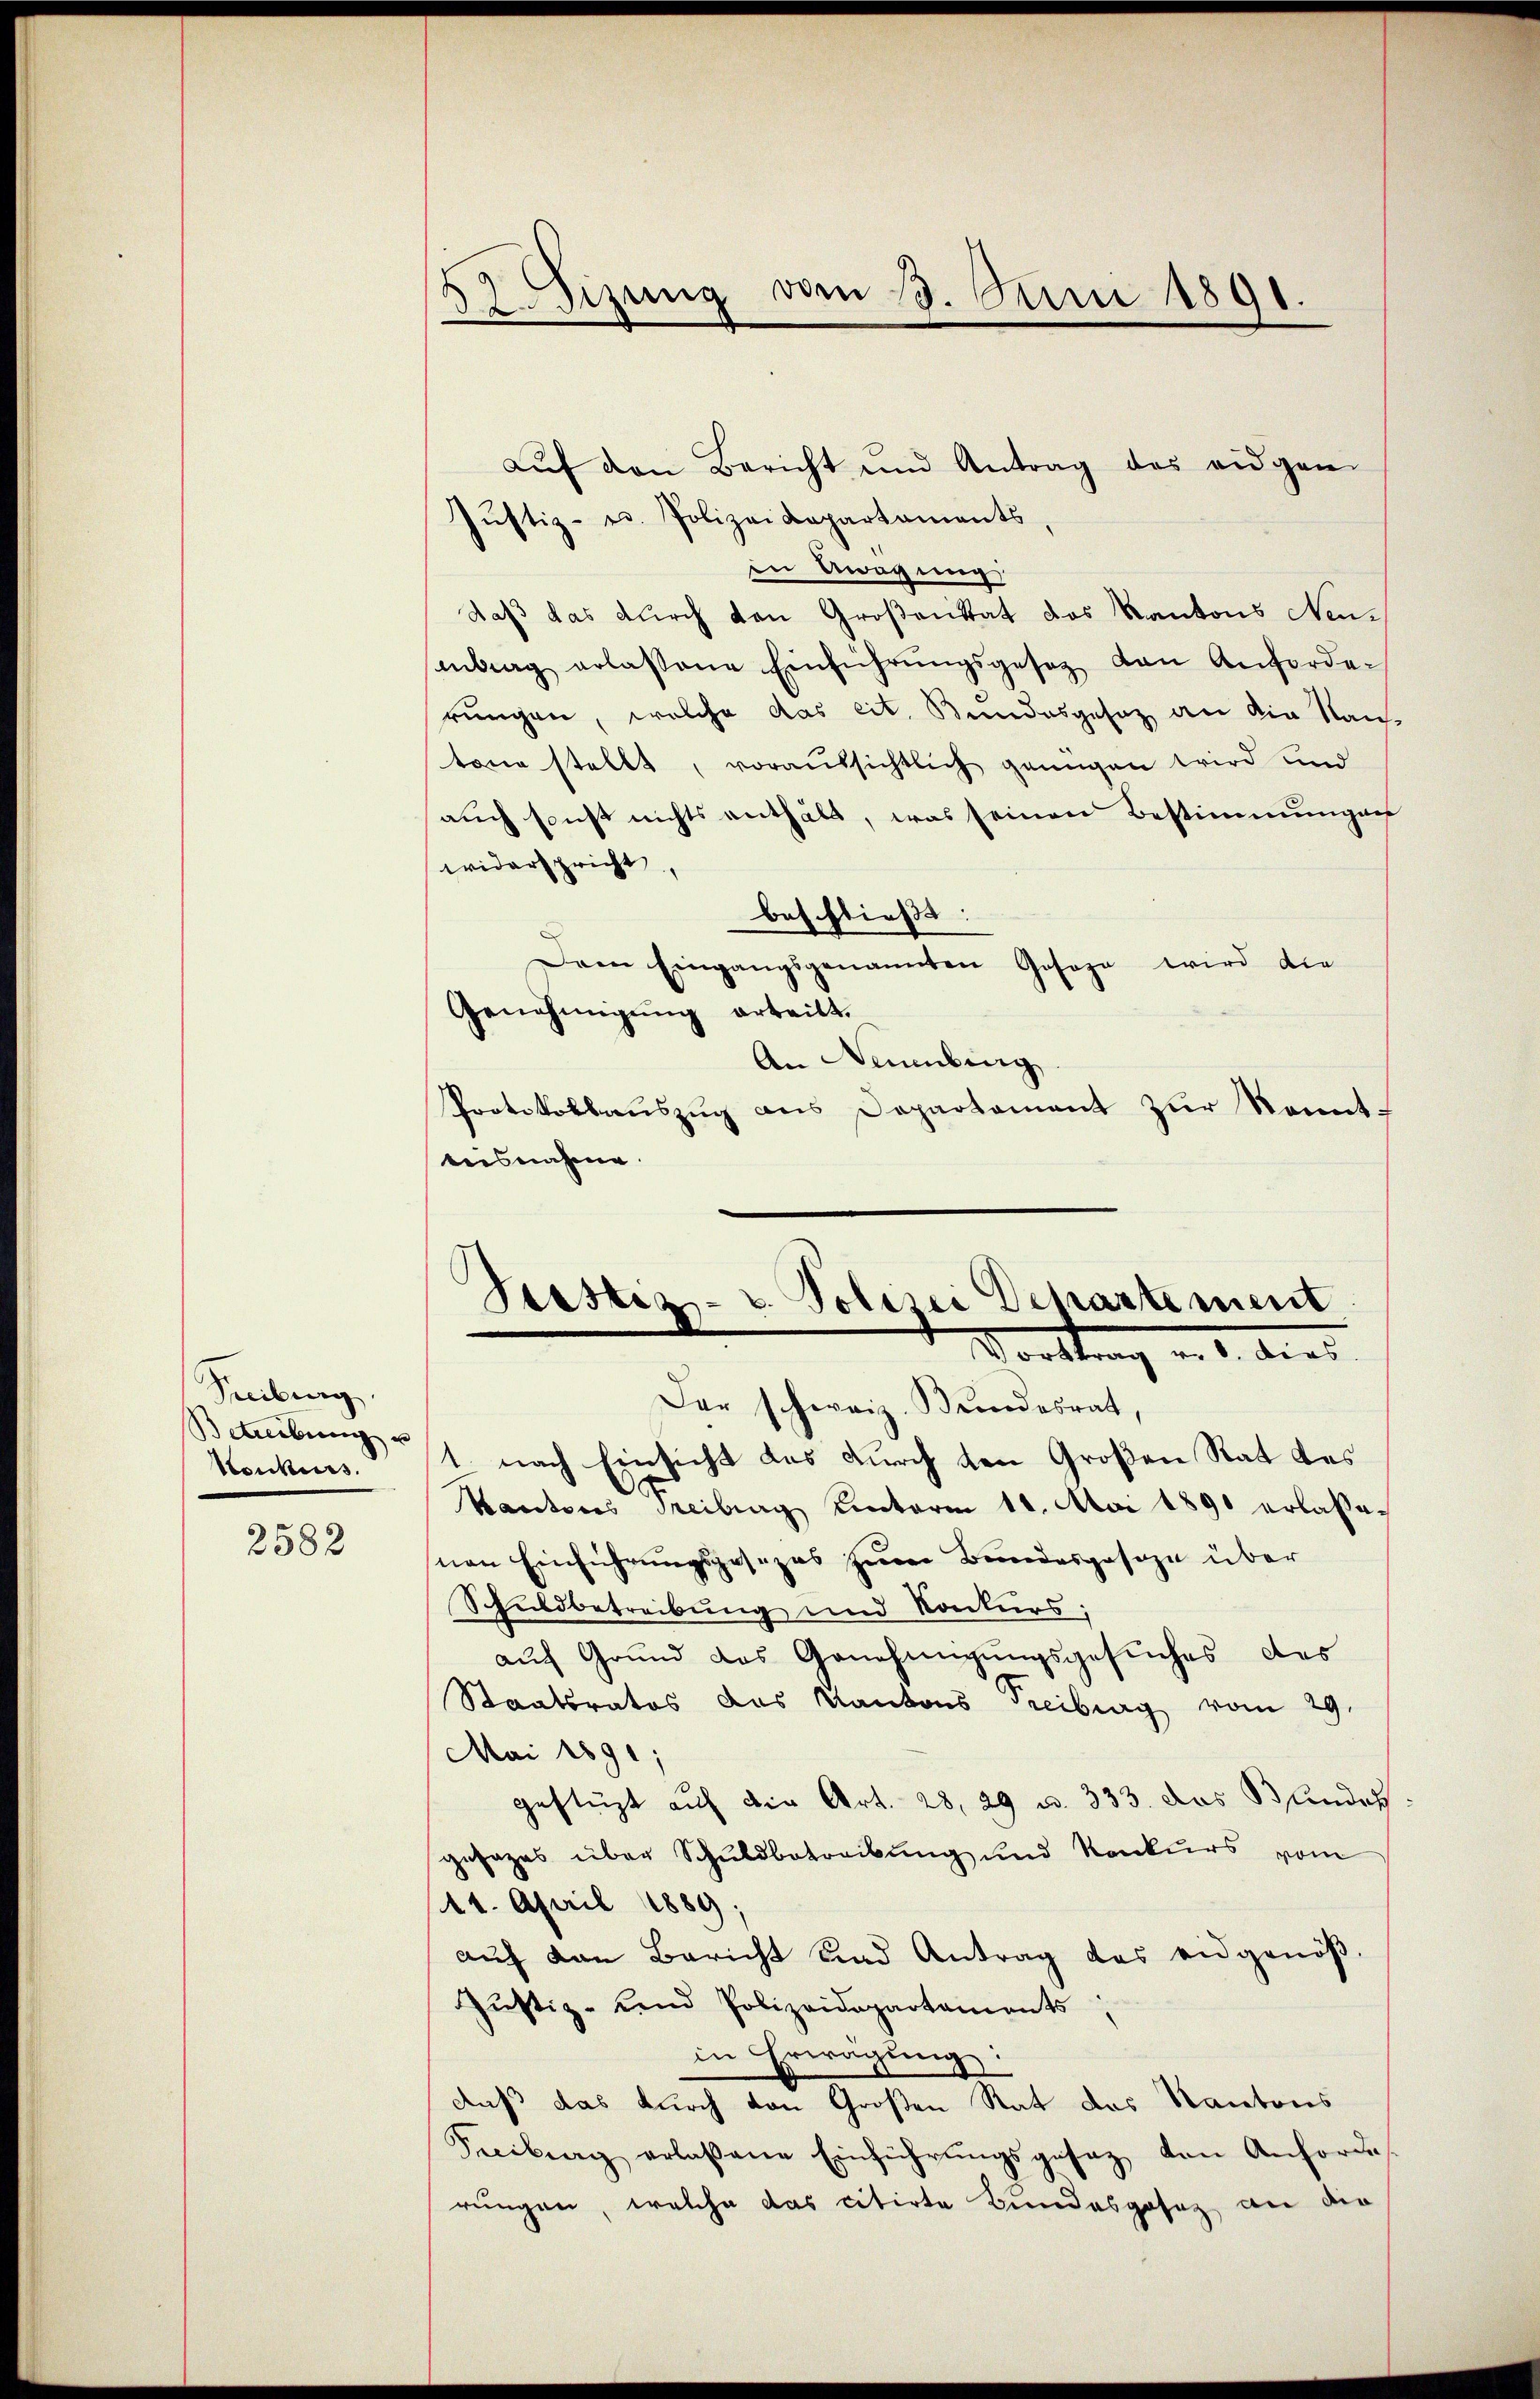
Freiburg.
Betreibung u
Konkurs.
2582

sizung vom 13. Juni 1891.

aŭf den Bericht und Antrag des eidgen.
Jŭstiz- u. Polizei Capartaments,
in Aragung
daß das durch den Großenstat das Kantons Neumberg erlassene Einführŭngsgesetz den Anforde-
rungen, welche das cit. Bundesgesetz an die Nach
tone stellt, voraussichtlich genügen wird und
auch sonst nichts enthält, was seinen Bestimmungen
widerspricht
beschließt:
Dann Eingangsgenannten Gesage wird die
Genehmigung erteilt.
An Neubing
Protokollaŭszŭg ans Departament zŭr Kennt-
tesnahme.

Justiz- u. Polizei Departement
Vorstung v. 1. dies
Der schweiz. Bundesrat,

1. nach Einsicht das durch den Großen Rat des
Kantons Treiberg unterm 11. Mai 1890 erlassen
nen Einführungsgesezes zum Bundesgeseze über
Schuldbetreibung und Konkurs;
aŭf Grŭnd des Genehmigŭngsgesŭches des
Staatsrates das Kantons Treiburg vom 29.
Mai 1891;
gestüzt auf der Art. 28, 29 u. 333. das Bundes
gesages über Schuldbetreibung und Konkurs vom
11. April 1889;
auf kan Bericht sind Antrag das eidgenöß¬
Justiz- und Polizeidepartaments
in Erwägung:
auß das durch von Großen Rat des Kantons
Feciburg erlaßene Einführŭngsgesez den Anfordes
rungen, welche das citirte Bundesgesez an die